Indian journal of veterinary science and animal husbandry - Volume 13,
Year: 1943
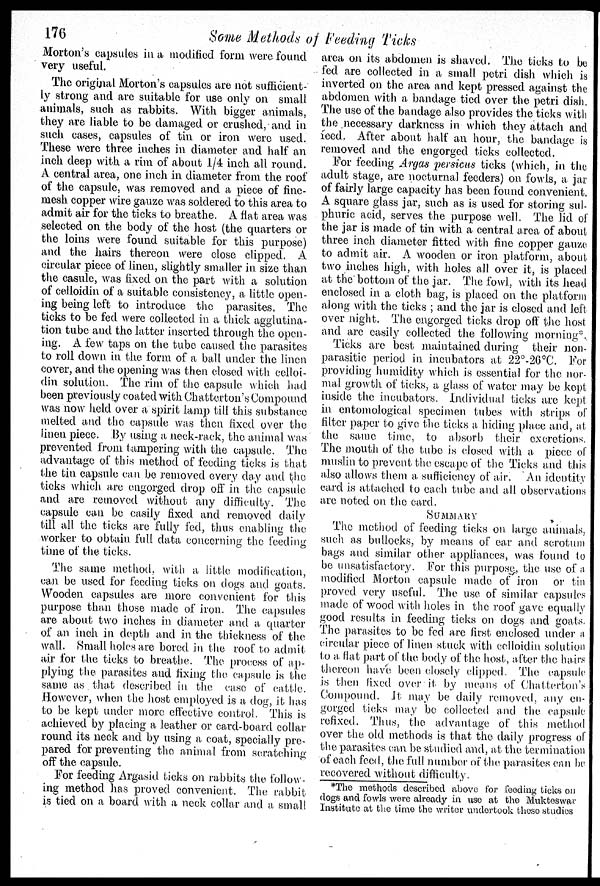
176
Some Methods of Feeding Ticks
Morton's capsules in a modified form were found
very useful.
The original Morton's capsules are not sufficient-
ly strong and are suitable for use only on small
animals, such as rabbits. With bigger animals,
they are liable to be damaged or crushed, and in
such cases, capsules of tin or iron were used.
These were three inches in diameter and half an
inch deep with a rim of about 1/4 inch all round.
A. central area, one inch in diameter from the roof
of the capsule, was removed and a piece of fine-
mesh copper wire gauze was soldered to this area to
admit air for the ticks to breathe. A flat area was
selected on the body of the host (the quarters or
the loins were found suitable for this purpose)
and the hairs thereon were close clipped. A
circular piece of linen, slightly smaller in size than
the casule, was fixed on the part with a solution
of celloidin of a suitable consistency, a little open-
ing being left to introduce the parasites. The
ticks to be fed were collected in a thick agglutina-
tion tube and the latter inserted through the open-
ing. A few taps on the tube caused the parasites
to roll down in the form of a ball under the linen
cover, and the opening was then closed with celloi-
din solution. The rim of the capsule which had
been previously coated with Chatterton's Compound
was now held over a spirit lamp till this substance
melted and the capsule was then fixed over the
linen piece. By using a neck-rack, the animal was
prevented from tampering with the capsule. The
advantage of this method of feeding ticks is that
the tin capsule can be removed every day and the
ticks which are engorged drop off in the capsule
and are removed without any difficulty. The
capsule can be easily fixed and removed daily
till all the ticks are fully fed, thus enabling the
worker to obtain full data concerning the feeding
time of the ticks.
The same method, with a little modification,
can be used for feeding ticks on dogs and goats.
Wooden capsules are more convenient for this
purpose than those made of iron. The capsules
are about two inches in diameter and a quarter
of an inch in depth and in the thickness of the
wall. Small holes are bored in the roof to admit
air for the ticks to breathe. The process of ap-
plying the parasites and fixing the capsule is the
same as that described in the case of cattle.
However, when the host employed is a dog, it has
to be kept under more effective control. This is
achieved by placing a leather or card-board collar
round its neck and by using a coat, specially pre-
pared for preventing the animal from scratching
off the capsule.
For feeding Argasid ticks on rabbits the follow-
ing method has proved convenient. The rabbit
is tied on a board with a neck collar and a small
area on its abdomen is shaved. The ticks to be
fed are collected in a small petri dish which is
inverted on the area and kept pressed against the
abdomen with a bandage tied over the petri dish.
The use of the bandage also provides the ticks with
the necessary darkness in which they attach and
reed. After about half an hour, the bandage is
removed and the engorged ticks collected.
For feeding Argas persicus ticks (which, in the
adult stage, are nocturnal feeders) on fowls, a jar
of fairly large capacity has been found convenient.
A square glass jar, such as is used for storing sul-
phuric acid, serves the purpose well. The lid of
the jar is made of tin with a central area of about
three inch diameter fitted with fine copper gauze
to admit air. A wooden or iron platform, about
two inches high, with holes all over it, is placed
at the bottom of the jar. The fowl, with its head
enclosed in a cloth bag, is placed on the platform
along with the ticks; and the jar is closed and left-
over night. The engorged ticks drop off the host
and are easily collected the following morning*.
Ticks are best maintained during their non-
parasitic period in incubators at 22°-26°C. For
providing humidity which is essential for the nor-
mal growth of ticks, a glass of water may be kept
inside the incubators. Individual ticks are kept
in entomological specimen tubes with strips of
filter paper to give the ticks a hiding place and, at
the same time, to absorb their excretions.
The mouth of the tube is closed with a piece of
muslin to prevent the escape of the Ticks and this
also allows them a sufficiency of air. An identity
card is attached to each tube and all observations
are noted on the card.
SUMMARY
The method of feeding ticks on large animals,
such as bullocks, by means of ear and scrotum
bags and similar other appliances, was found to
be unsatisfactory. For this purpose the use of a
modified Morton capsule made of iron or tin
proved very useful. The use of similar capsules
made of wood with holes in the roof gave equally
good results in feeding ticks on dogs and goats.
The parasites to be fed are first enclosed under a
circular piece of linen stuck with celloidin solution
to a flat part of the body of the host, after the hairs
thereon have been closely clipped. The capsule
is then fixed over it by means of Chatterton's
Compound. It may be daily removed, any en-
gorged ticks may be collected and the capsule
refixed. Thus, the advantage of this method
over the old methods is that the daily progress of
the parasites can be studied and, at the termination
of each feed, the full number of the parasites can be
recovered without difficulty.
*The methods described above for feeding ticks on
dogs and fowls were already in use at the Mukteswar
Institute at the time the writer undertook these studios